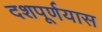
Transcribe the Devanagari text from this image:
दशपूर्णयास